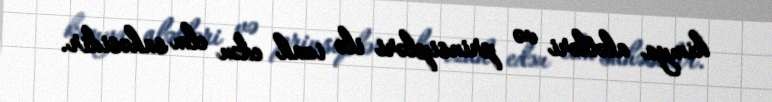
kimya alətləri və prinsipləri ilə izah edən elm sahəsidir.